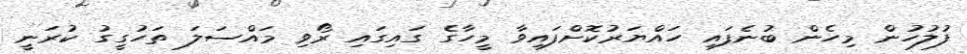
ފުލުހުން މިހެން ބުނެފައި ހައްޔަރުކޮށްފައިވާ މީހާގެ ގައިގައި ރޯވި މައްސަލަ ތަހުގީގު ކުރަނީ